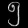
Digit: ၅